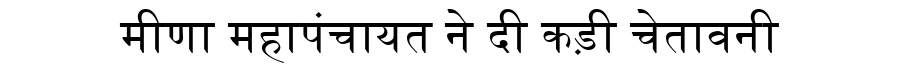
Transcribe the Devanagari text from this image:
मीणा महापंचायत ने दी कड़ी चेतावनी